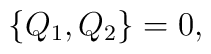
\{Q_1, Q_2\}=0 ,